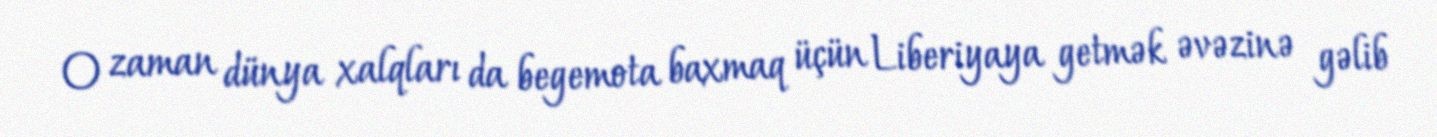
O zaman dünya xalqları da begemota baxmaq üçün Liberiyaya getmək əvəzinə gəlib